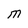
Character: e